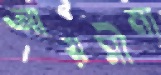
আয়সীমা